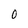
Character: O